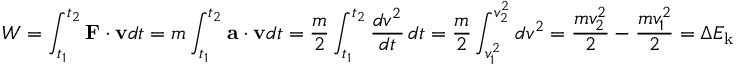
W = \int _ { t _ { 1 } } ^ { t _ { 2 } } \mathbf { F } \cdot \mathbf { v } d t = m \int _ { t _ { 1 } } ^ { t _ { 2 } } \mathbf { a } \cdot \mathbf { v } d t = { \frac { m } { 2 } } \int _ { t _ { 1 } } ^ { t _ { 2 } } { \frac { d v ^ { 2 } } { d t } } \, d t = { \frac { m } { 2 } } \int _ { v _ { 1 } ^ { 2 } } ^ { v _ { 2 } ^ { 2 } } d v ^ { 2 } = { \frac { m v _ { 2 } ^ { 2 } } { 2 } } - { \frac { m v _ { 1 } ^ { 2 } } { 2 } } = \Delta E _ { \mathrm { k } }